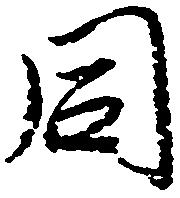
同